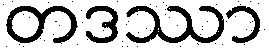
တဒဿာ